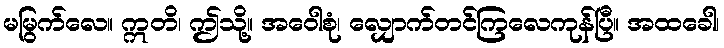
မမြွက်လေ။ ဣတိ၊ ဤသို့။ အဝေါစုံ၊ လျှောက်တင်ကြလေကုန်ပြီ။ အထခေါ၊